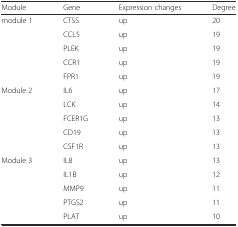
| Module | Gene | Expression changes | Degree |
 | --- | --- | --- | --- |
 | module 1 | CTSS | up | 20 |
 |  | CCL5 | up | 19 |
 |  | PLEK | up | 19 |
 |  | CCR1 | up | 19 |
 |  | FPR1 | up | 19 |
 | Module 2 | IL6 | up | 17 |
 |  | LCK | up | 14 |
 |  | FCER1G | up | 13 |
 |  | CD19 | up | 13 |
 |  | CSF1R | up | 13 |
 | Module 3 | IL8 | up | 13 |
 |  | IL1B | up | 12 |
 |  | MMP9 | up | 11 |
 |  | PTGS2 | up | 11 |
 |  | PLAT | up | 10 |